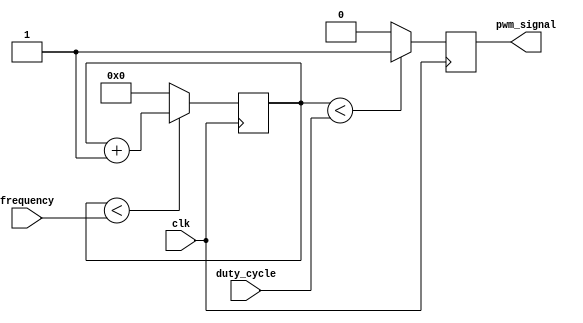
module PWM_generator(
    input wire clk,
    input wire [7:0] duty_cycle,
    input wire [7:0] frequency,
    output reg pwm_signal
);

reg [7:0] counter;

always @(posedge clk) begin
    if(counter < duty_cycle) begin
        pwm_signal <= 1;
    end else begin
        pwm_signal <= 0;
    end
    
    if(counter < frequency) begin
        counter <= counter + 1;
    end else begin
        counter <= 0;
    end
end

endmodule